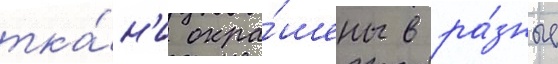
тка́н'и окра́шены в ра́зные